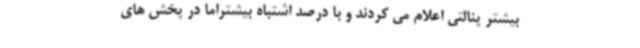
بیشتر پنالتی اعلام می کردند و با درصد اشتباه بیشتراما در پخش های